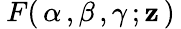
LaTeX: \: F(\, \alpha\, ,\beta\, ,\gamma\, ;\mathbf{z}\, )\: